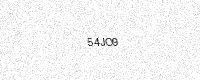
Text: 54JO9